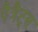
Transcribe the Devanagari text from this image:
पैत्रैट्स